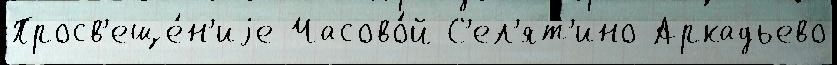
Просв'еще́н'иjе Часово́й С'ел'ят'ино Аркадьево